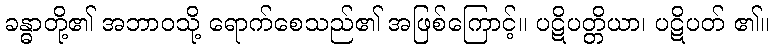
ခန္ဓာတို့၏ အဘာဝသို့ ရောက်စေသည်၏ အဖြစ်ကြောင့်။ ပဋိပတ္တိယာ၊ ပဋိပတ် ၏။